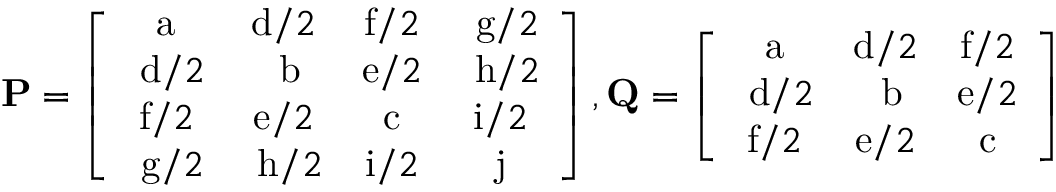
\mathbf { P } = \left[ \begin{array} { c c c c } { \mathrm { a } } & { \mathrm { d } / 2 } & { \mathrm { f } / 2 } & { \mathrm { ~ g } / 2 } \\ { \mathrm { ~ d } / 2 } & { \mathrm { ~ b } } & { \mathrm { e } / 2 } & { \mathrm { ~ h } / 2 } \\ { \mathrm { f } / 2 } & { \mathrm { e } / 2 } & { \mathrm { c } } & { \mathrm { i } / 2 } \\ { \mathrm { ~ g } / 2 } & { \mathrm { ~ h } / 2 } & { \mathrm { i } / 2 } & { \mathrm { j } } \end{array} \right] , \mathbf { Q } = \left[ \begin{array} { c c c } { \mathrm { a } } & { \mathrm { d } / 2 } & { \mathrm { f } / 2 } \\ { \mathrm { ~ d } / 2 } & { \mathrm { ~ b } } & { \mathrm { e } / 2 } \\ { \mathrm { f } / 2 } & { \mathrm { e } / 2 } & { \mathrm { c } } \end{array} \right]